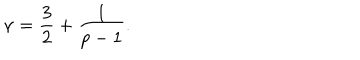
LaTeX: \nu = \frac { 3 } { 2 } + \frac { 1 } { p - 1 } .